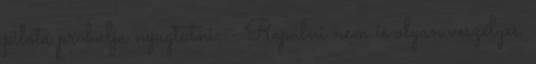
pilóta próbálja nyugtatni: - Repülni nem is olyan veszélyes,